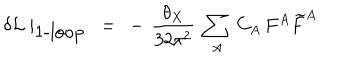
\delta { \cal L } \mid _ { \mathrm { 1 - l o o p } } \ = \ - \, \frac { \theta _ { X } } { 3 2 \pi ^ { 2 } } \ \sum _ { A } \, C _ { A } \, F ^ { A } \widetilde { F } ^ { A }